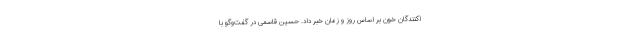
اکنندگان خون بر اساس روز و زمان خبر داد. حسین قاسمی در گفت‌وگو با